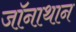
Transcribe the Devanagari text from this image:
जॉनाथान